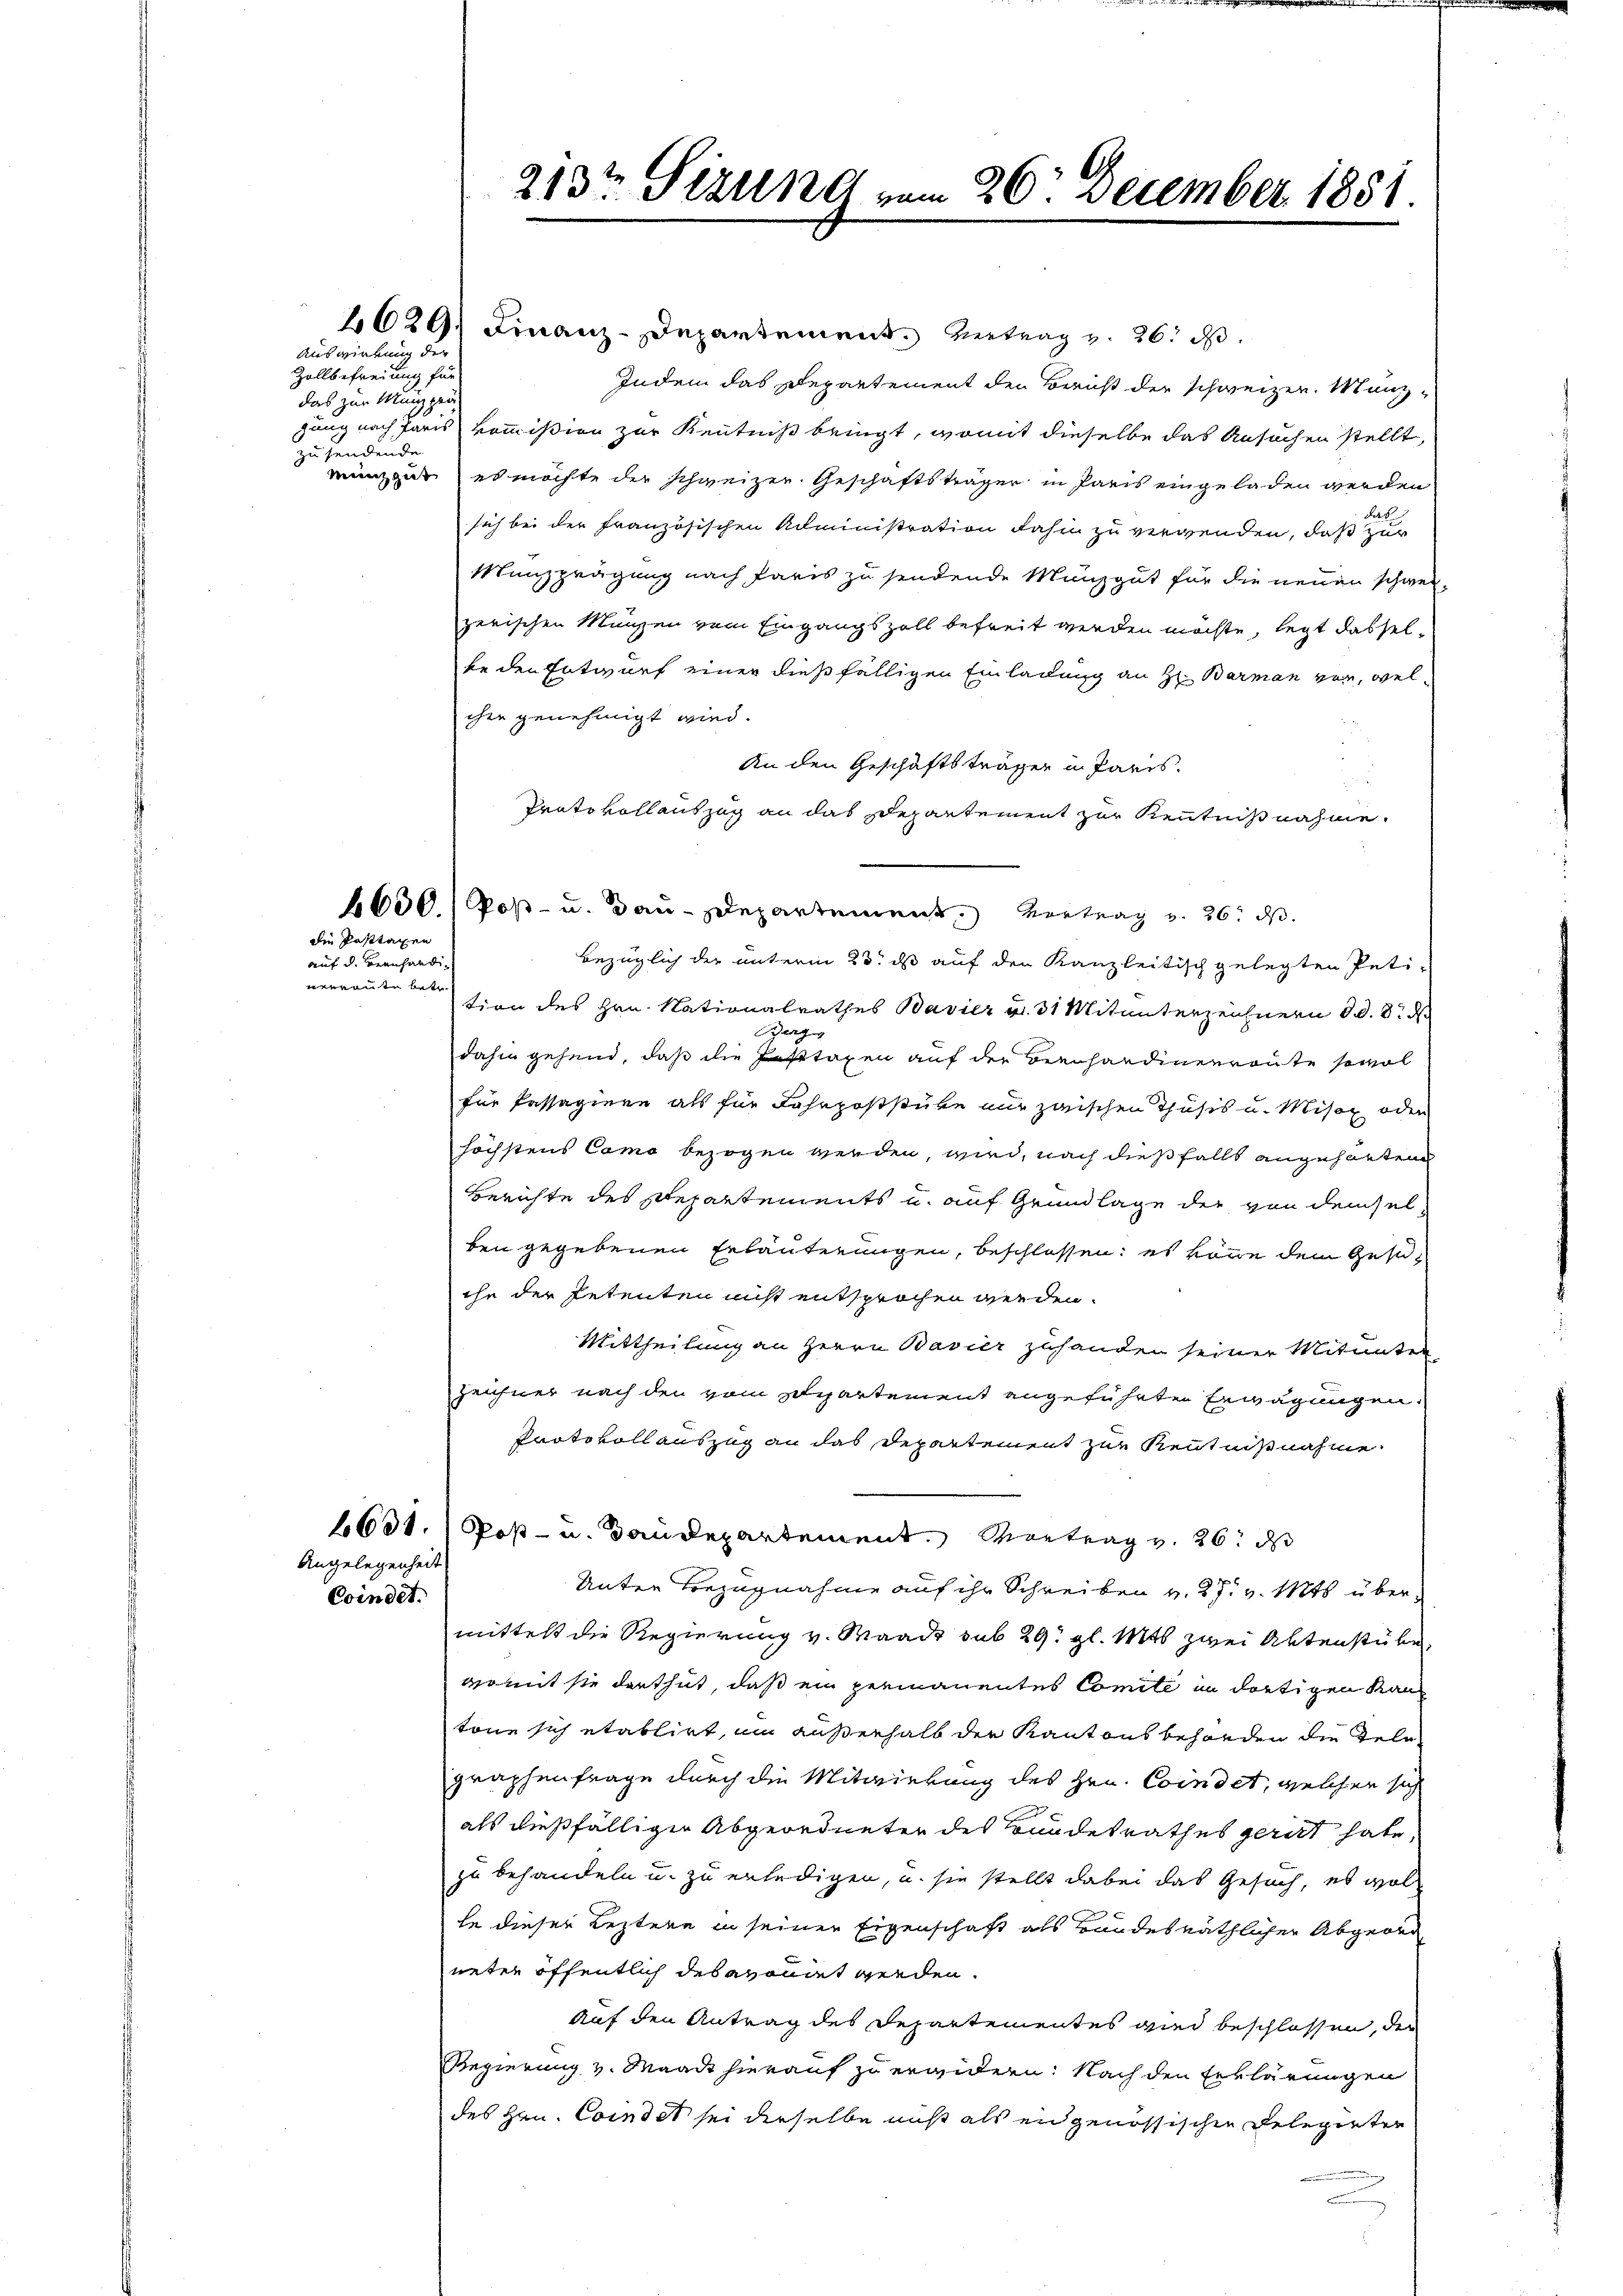
Zollbefreiung für
das zur Münz gei-
zu hendende

Auswirkung der

Die Fasttagen

auf d. Bernhändinerrante betr.

Angelegenheit
Coindet.

213ten Sizung vom 26. December 1881.

629, Finanz-Departement Vertrag v. 26. d.
Indem das Departement den Bericht der schweizer. Manzgung nach Paris kommißion zur Kenntniß bringt, womit dieselbe das Ansuchen stellt,
mengut, es möchte der schweizer. Geschäftsträger in Paris eingeladen werden
sich bei der französischen Administration dahin zu vergenden, daß e
Manzzeugung nach Paris zu sendende Münz gut für die neuen schwerzerischen Münzen vom Eingangszoll befreit werden möchte, legt dasselke den Entwurf einer dießfälligen Einladung an Hr. Barmann vor, welcher genehmigt wird.
An den Geschäftsträger in Paris.
Prato vollauszug an das Departement zur Kenntnißnahme.
4630/ Post- u. Bau-Departement. Vortrag v. 26. ds.
bezüglich der unterm 23. ds auf den Kanzleitisch gelegten Peti-
tion des Hrn. Nationalrathes Bavier v. 31 Mitunterzeichnern d. d. d. d
ag
dahin gehend, daß die Fasttaxen auf der Beenhandenenreute sowol
für Passagiere als für Fahrpoststücke nur zwischen Thusis u. Misox oder
höchstens Como bezogen werden, wird, nach dießfalls angehörten
Berichte des Repartements u. auf Grundlage der von demselben gegebenen Erläuterungen, beschlossen: es könne dem Gesuihe der Petenten nicht entsprochen werden.
Mittheilung an Herrn Bavier zuhanden seiner Mitunter
zeichner nach den vom Departement angeführten Erwägungen:
Protokoll auszug an das Departement zur Kenntnißnahme
1631. / Post- u. Baudepartement. Vortrag v. 26. ds
Unter Bezugnahme auf ihr Schreiben v. 27. v. Mts. übermittelt die Regierung v. Waadt sub 29. gl. Mts. zwei Aktenstube.
womit sie darthut, daß ein permanentes Comité in dortigen Kantone sich etablirt, im außerhalb der Kantons behörden die Zelg
graphenfrage durch die Mitwirkung des Hrn. Coindet, welchen sich
als dießfälliger Abgeordneten des Bundesrathes gerirt hate,
zu behandeln u. zu erledigen, u. sie stellt dabei das Gesuch, es wol
le dieser Leztere in seiner Eigenschaft als Bundesräthlicher Abgeord
neter öffentlich des egonnet werden.
Auf den Antrag des Departementes wird beschlossen, der
Regierung v. Waadt hierauf zu erwidern: Nach den Erklärungen
des Hrn. Comdet sei derselbe nicht als eidgenössischen Delegirter